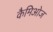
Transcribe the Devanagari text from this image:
कैमिओज